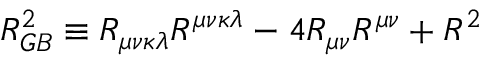
{ \cal { R } } _ { G B } ^ { 2 } \equiv R _ { \mu \nu \kappa \lambda } R ^ { \mu \nu \kappa \lambda } - 4 R _ { \mu \nu } R ^ { \mu \nu } + R ^ { 2 }